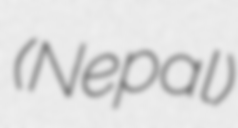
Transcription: (Nepal)